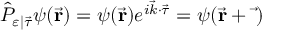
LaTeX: { \hat { P } } _ { \varepsilon | { \vec { \tau } } } \psi ( { \vec { \mathbf { r } } } ) = \psi ( { \vec { \mathbf { r } } } ) e ^ { i { \vec { k } } \cdot { \vec { \tau } } } = \psi ( { \vec { \mathbf { r } } } + { \vec { \mathbf { \tau } } } )